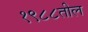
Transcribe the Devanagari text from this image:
१९८८तील